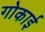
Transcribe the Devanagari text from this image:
गोकाई